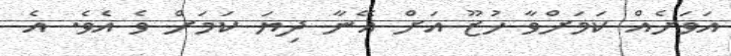
އަވަށެއް ކަމަށްވާ ހުޒޫ އަށް އޭނާ ދިޔަ ކަމަށް ވެ އެވެ. އެ